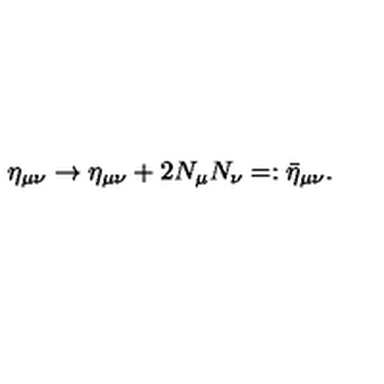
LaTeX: \eta _ { \mu \nu } \rightarrow \eta _ { \mu \nu } + 2 N _ { \mu } N _ { \nu } = : \bar { \eta } _ { \mu \nu } .